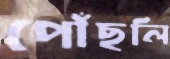
পৌঁছলি